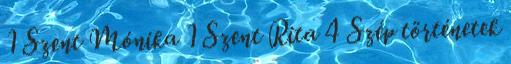
1 Szent Mónika 1 Szent Rita 4 Szép történetek